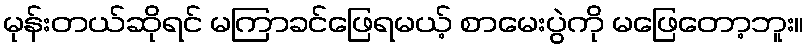
မုန်းတယ်ဆိုရင် မကြာခင်ဖြေရမယ့် စာမေးပွဲကို မဖြေတော့ဘူး။